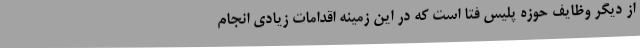
از دیگر وظایف حوزه پلیس فتا است که در این زمینه اقدامات زیادی انجام